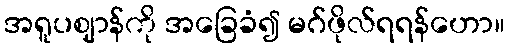
အရူပဈာန်ကို အခြေခံ၍ မဂ်ဖိုလ်ရရန်ဟော။